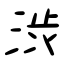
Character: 渋